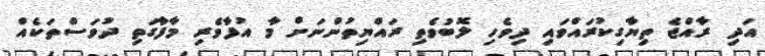
އަދި ރާއްޖެ ތިޔާގިކުރައްވައި ދިވެހި ލޮބުވެތި ރައްޔިތުންނަށް މާ އުފާވެރި މާފާގަތި ދުވަސްތަކެއް